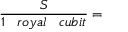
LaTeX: { \frac { S } { 1 \; \; \; r o y a l \; \; \; c u b i t } } =